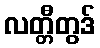
လတ္တီတွဒ်